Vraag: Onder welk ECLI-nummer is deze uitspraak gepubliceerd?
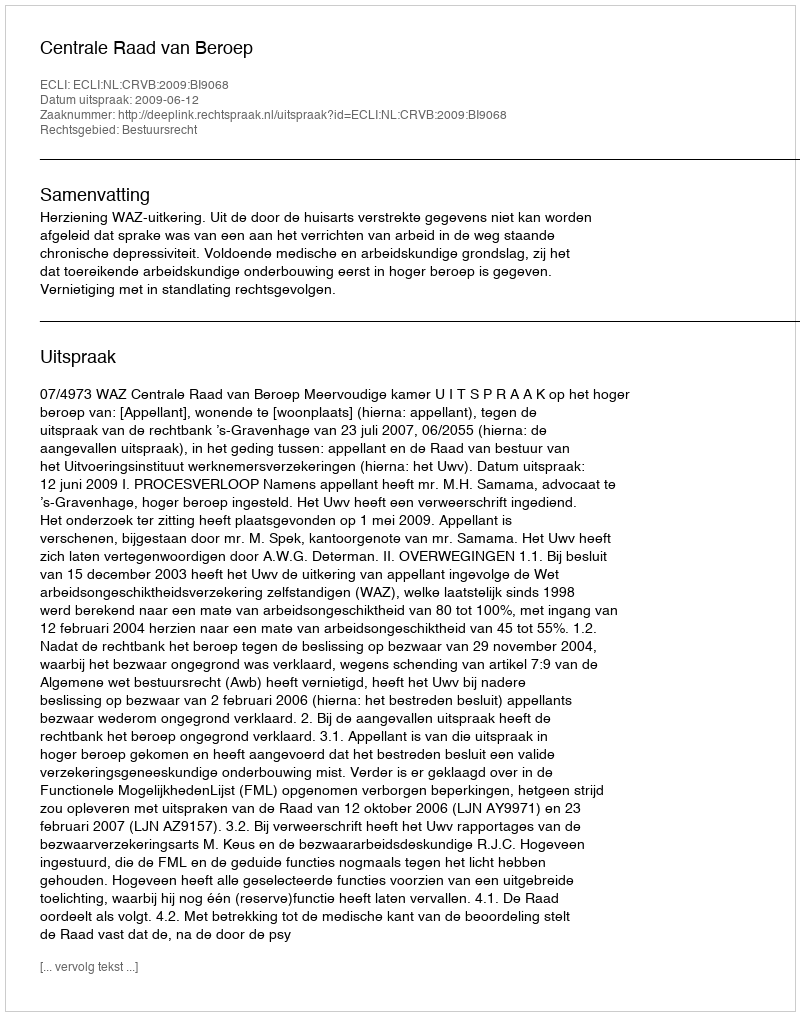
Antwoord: ECLI:NL:CRVB:2009:BI9068